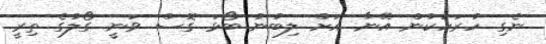
ނެގި ހުރަހަކުން އޭނާ އަށް ލިބުނު ބޯޅަ ގޮސް ވަނީ ގޯލުގެ ތިރީ